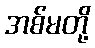
အစ်မတို့